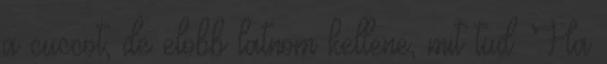
a cuccot, de elobb latnom kellene, mit tud. Ha